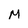
Character: M